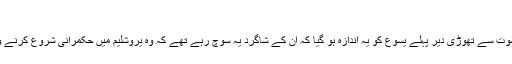
‏)‏
6 اپنی موت سے تھوڑی دیر پہلے یسوع کو یہ اندازہ ہو گیا کہ اُن کے شاگرد یہ سوچ رہے تھے کہ وہ یروشلیم میں حکمرانی شروع کرنے والے ہیں۔